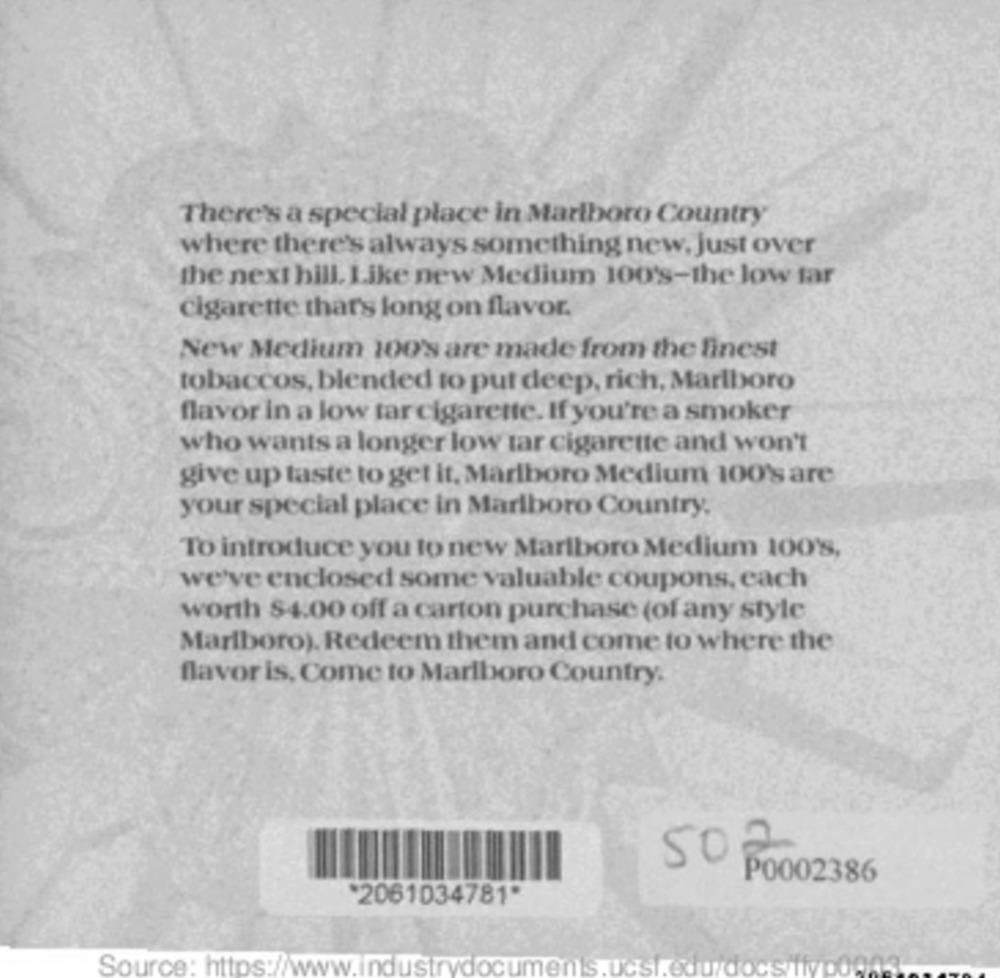
There's a special place in Marlboro Country
where there's always something new, just over
the next bill. Like new Medium 100's-the low tar
cigarette that's long on flavor.
New Medium 100's are made from the finest
tobaccos, blended to put deep, rich, Marlboro
flavor in a low tar cigarette. If you're a smoker
who wants a longer low tar cigarette and won't
give up taste to get it, Marlboro Medium 100's are
your special place in Marlboro Country,
To introduce you to new Marlboro Medium 100'S,
we've enclosed some valuable coupons, each
worth $4.00 off a carton purchase (of any style
Marlboro). Redeem them and come to where the
flavor is, Come to Marlboro Country.
502
P0002386
"2061034781"
Source: https://www.industrydocuments.ucsf.edu/docs/fly00903